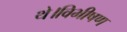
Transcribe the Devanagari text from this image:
थे।विभीषण